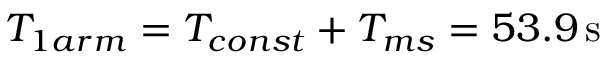
T _ { 1 a r m } = T _ { c o n s t } + T _ { m s } = 5 3 . 9 \, \mathrm { s }